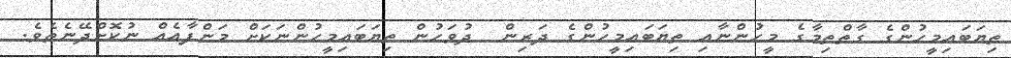
ތިޔަބައިމީހުންގެ ގާތްތިމާގެ މީހުންނާއި ތިޔަބައިމީހުންގެ ދަރިން  ދުވަހުން ތިޔަބައިމީހުންނަކަށް މަންފާއެއް ނުކޮށްދޭނެތެވެ.